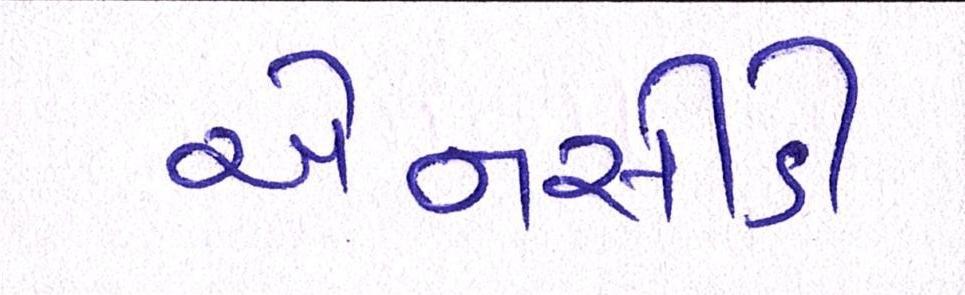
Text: એનસીડી